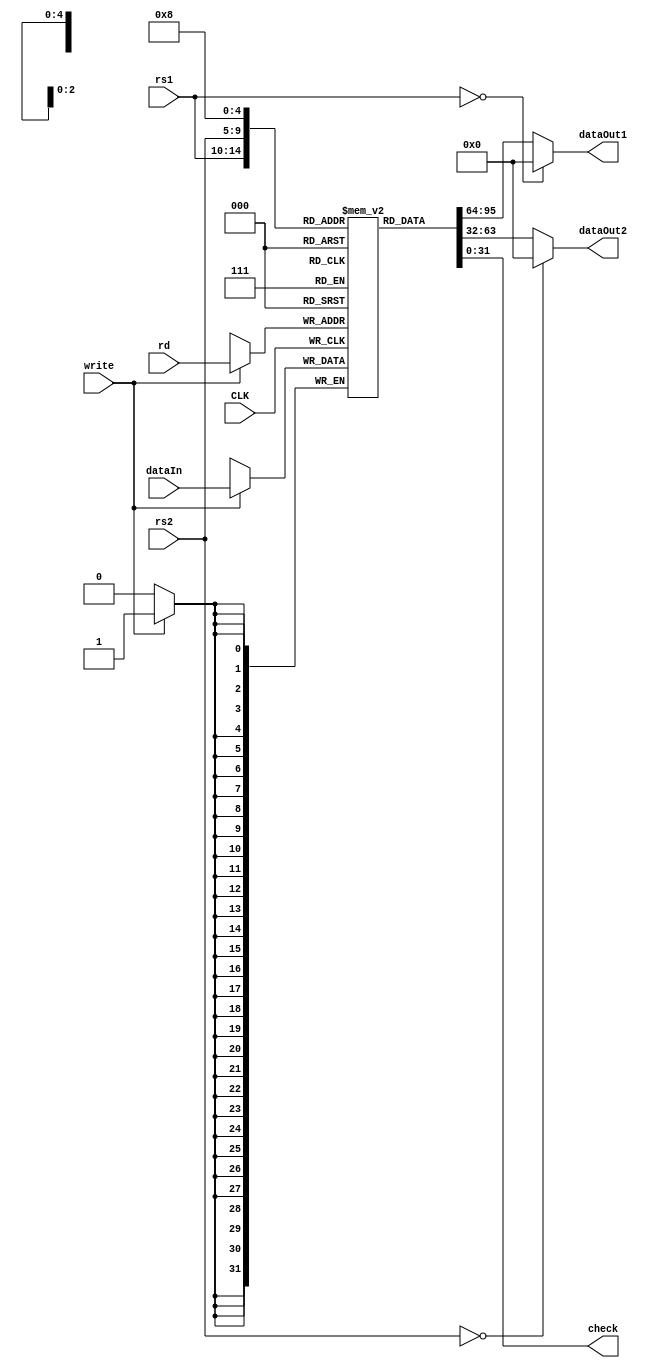
`timescale 1ns / 1ps
//////////////////////////////////////////////////////////////////////////////////
// Company: 
// Engineer: 
// 
// Design Name: 
// Module Name: register_file
// Project Name: 
// Target Devices: 
// Tool Versions: 
// Description: 
// 
// Dependencies: 
// 
// Revision:
// Revision 0.01 - File Created
// Additional Comments:
// 
//////////////////////////////////////////////////////////////////////////////////


module register_file(
    input CLK,
    input [4:0] rs1, rs2, rd,
    input write,
    input [31:0] dataIn,
    output [31:0] dataOut1, dataOut2,
    output [31:0] check
);

reg [31:0] register[31:0];


assign dataOut1 = (rs1 == 5'b00000) ? 32'h0 : register[rs1];
assign dataOut2 = (rs2 == 5'b00000) ? 32'h0 : register[rs2];

//fobOp
assign check = register[8];

always@(posedge CLK) begin
    if(write == 1'b1)
        register[rd] <= dataIn;
end
endmodule